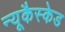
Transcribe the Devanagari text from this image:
न्यूकैस्केड